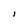
Character: I